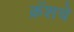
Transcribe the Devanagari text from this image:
क्रॅशचे